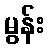
မွန်း